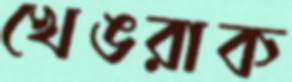
খেঙরাক